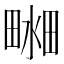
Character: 𤲴